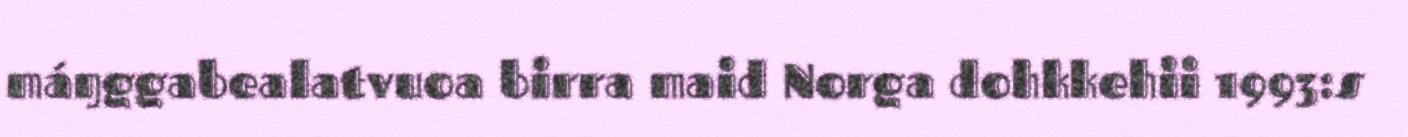
máŋggabealatvuoa birra maid Norga dohkkehii 1993:s